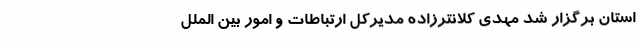
استان برگزار شد مهدی کلانترزاده مدیرکل ارتباطات و امور بین الملل